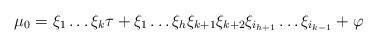
LaTeX: \begin{align*}\mu_0=\xi_1\dots\xi_k\tau+\xi_1\dots\xi_{h}\xi_{k+1}\xi_{k+2}\xi_{i_{h+1}}\dots\xi_{i_{k-1}}+\varphi\end{align*}